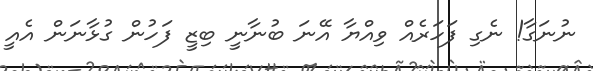
ނުނަގާ! ނެގި ފަހަރެއް ވިއްޔާ އޭނަ ބުނާނީ ބިޒީ ފަހުން ގުޅާނަން އެއީ